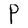
Character: P